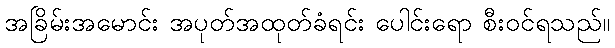
အခြိမ်းအမောင်း အပုတ်အထုတ်ခံရင်း ပေါင်းရော စီးဝင်ရသည်။